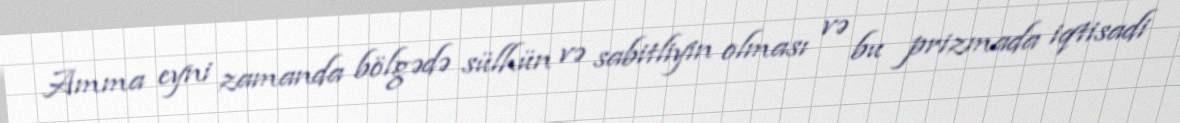
Amma eyni zamanda bölgədə sülhün və sabitliyin olması və bu prizmada iqtisadi